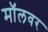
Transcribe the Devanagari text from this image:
मॉलवर